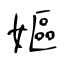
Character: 嫗